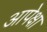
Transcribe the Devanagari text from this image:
आपेक्षा